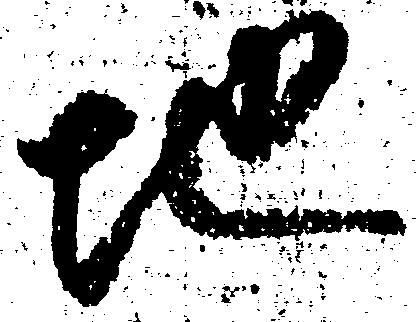
地